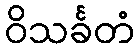
ဝိသင်္ခတံ